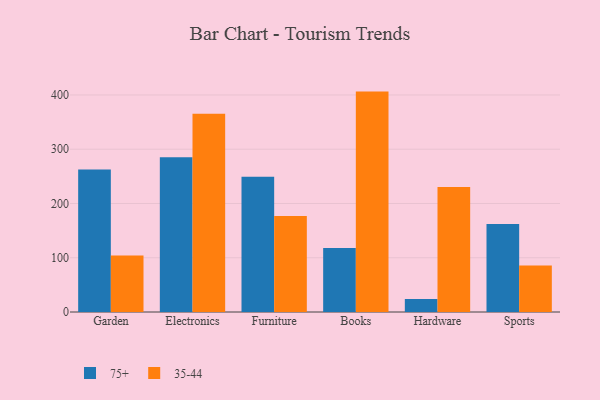
{"axis": {"x": "Category", "y": "Population (Million)"}, "legend": ["35-44", "75+"], "data": [{"x": "Garden", "y": 262.5, "type": "75+"}, {"x": "Garden", "y": 104.3, "type": "35-44"}, {"x": "Electronics", "y": 285.1, "type": "75+"}, {"x": "Electronics", "y": 365.6, "type": "35-44"}, {"x": "Furniture", "y": 249.2, "type": "75+"}, {"x": "Furniture", "y": 176.9, "type": "35-44"}, {"x": "Books", "y": 117.9, "type": "75+"}, {"x": "Books", "y": 406.2, "type": "35-44"}, {"x": "Hardware", "y": 23.8, "type": "75+"}, {"x": "Hardware", "y": 230.2, "type": "35-44"}, {"x": "Sports", "y": 162.4, "type": "75+"}, {"x": "Sports", "y": 85.7, "type": "35-44"}]}